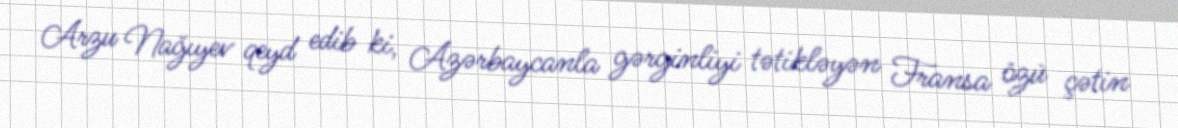
Arzu Nağıyev qeyd edib ki, Azərbaycanla gərginliyi tətikləyən Fransa özü çətin